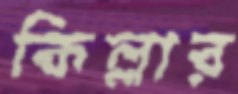
কিল্লার